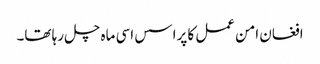
افغان امن عمل کا پراسس اسی ماہ چل رہا تھا۔